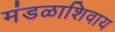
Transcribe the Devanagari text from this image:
मंडळाशिवाय